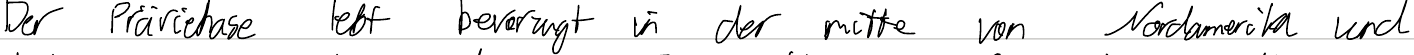
Der Präriehase lebt bevorzugt in der mitte von Nordamerika und